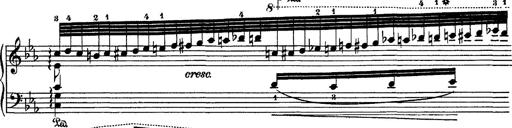
Title: Hungarian Rhapsody No.4
Composer: Franz Liszt
Key: E-flat major